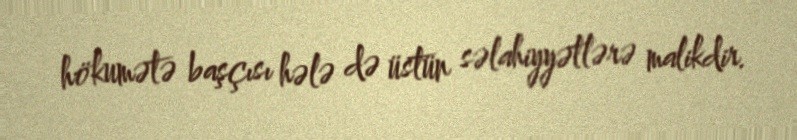
hökumətə başçısı hələ də üstün səlahiyyətlərə malikdir.